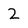
Character: 2